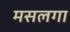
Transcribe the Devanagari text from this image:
मसलगा